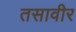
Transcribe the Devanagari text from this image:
तसावीर